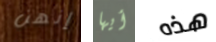
إنهن أيها هذه